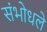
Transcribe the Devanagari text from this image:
संभोधले